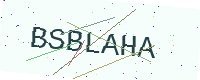
Text: BSBLAHA